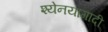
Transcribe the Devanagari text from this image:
श्येनयागादी